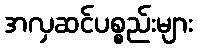
အလှဆင်ပစ္စည်းများ